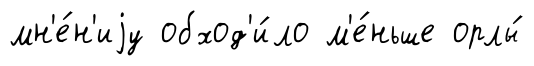
мн'е́н'иjу обход'и́ло м'е́ньше орлы́